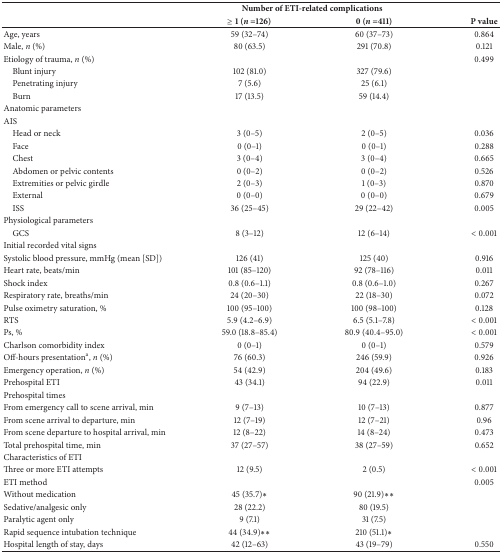
<table><thead><tr><td>[EMPTY_CELL]</td><td colspan="2"><b>Number of ETI-related complications</b></td><td>[EMPTY_CELL]</td></tr><tr><td>[EMPTY_CELL]</td><td><b>≥ 1 (<i>n </i>=126)</b></td><td><b>0 (<i>n </i>=411)</b></td><td><b>P value</b></td></tr></thead><tbody><tr><td>Age, years</td><td>59 (32–74)</td><td>60 (37–73)</td><td>0.864</td></tr><tr><td>Male, <i>n</i> (%)</td><td>80 (63.5)</td><td>291 (70.8)</td><td>0.121</td></tr><tr><td>Etiology of trauma, <i>n</i> (%)</td><td>[EMPTY_CELL]</td><td>[EMPTY_CELL]</td><td>0.499</td></tr><tr><td> Blunt injury</td><td>102 (81.0)</td><td>327 (79.6)</td><td>[EMPTY_CELL]</td></tr><tr><td> Penetrating injury</td><td>7 (5.6)</td><td>25 (6.1)</td><td>[EMPTY_CELL]</td></tr><tr><td> Burn</td><td>17 (13.5)</td><td>59 (14.4)</td><td>[EMPTY_CELL]</td></tr><tr><td>Anatomic parameters</td><td>[EMPTY_CELL]</td><td>[EMPTY_CELL]</td><td>[EMPTY_CELL]</td></tr><tr><td>AIS</td><td>[EMPTY_CELL]</td><td>[EMPTY_CELL]</td><td>[EMPTY_CELL]</td></tr><tr><td> Head or neck</td><td>3 (0–5)</td><td>2 (0–5)</td><td>0.036</td></tr><tr><td> Face</td><td>0 (0–1)</td><td>0 (0–1)</td><td>0.288</td></tr><tr><td> Chest</td><td>3 (0–4)</td><td>3 (0–4)</td><td>0.665</td></tr><tr><td> Abdomen or pelvic contents</td><td>0 (0–2)</td><td>0 (0–2)</td><td>0.526</td></tr><tr><td> Extremities or pelvic girdle</td><td>2 (0–3)</td><td>1 (0–3)</td><td>0.870</td></tr><tr><td> External</td><td>0 (0–0)</td><td>0 (0–0)</td><td>0.679</td></tr><tr><td> ISS</td><td>36 (25–45)</td><td>29 (22–42)</td><td>0.005</td></tr><tr><td>Physiological parameters</td><td>[EMPTY_CELL]</td><td>[EMPTY_CELL]</td><td>[EMPTY_CELL]</td></tr><tr><td> GCS</td><td>8 (3–12)</td><td>12 (6–14)</td><td>&lt; 0.001</td></tr><tr><td>Initial recorded vital signs</td><td>[EMPTY_CELL]</td><td>[EMPTY_CELL]</td><td>[EMPTY_CELL]</td></tr><tr><td>Systolic blood pressure, mmHg (mean [SD])</td><td>126 (41)</td><td>125 (40)</td><td>0.916</td></tr><tr><td>Heart rate, beats/min</td><td>101 (85–120)</td><td>92 (78–116)</td><td>0.011</td></tr><tr><td>Shock index</td><td>0.8 (0.6–1.1)</td><td>0.8 (0.6–1.0)</td><td>0.267</td></tr><tr><td>Respiratory rate, breaths/min</td><td>24 (20–30)</td><td>22 (18–30)</td><td>0.072</td></tr><tr><td>Pulse oximetry saturation, %</td><td>100 (95–100)</td><td>100 (98–100)</td><td>0.128</td></tr><tr><td>RTS</td><td>5.9 (4.2–6.9)</td><td>6.5 (5.1–7.8)</td><td>&lt; 0.001</td></tr><tr><td>Ps, %</td><td>59.0 (18.8–85.4)</td><td>80.9 (40.4–95.0)</td><td>&lt; 0.001</td></tr><tr><td>Charlson comorbidity index</td><td>0 (0–1)</td><td>0 (0–1)</td><td>0.579</td></tr><tr><td>Off-hours presentation<sup>a</sup>, <i>n</i> (%)</td><td>76 (60.3)</td><td>246 (59.9)</td><td>0.926</td></tr><tr><td>Emergency operation,<i> n</i> (%)</td><td>54 (42.9)</td><td>204 (49.6)</td><td>0.183</td></tr><tr><td>Prehospital ETI</td><td>43 (34.1)</td><td>94 (22.9)</td><td>0.011</td></tr><tr><td>Prehospital times</td><td>[EMPTY_CELL]</td><td>[EMPTY_CELL]</td><td>[EMPTY_CELL]</td></tr><tr><td>From emergency call to scene arrival, min</td><td>9 (7–13)</td><td>10 (7–13)</td><td>0.877</td></tr><tr><td>From scene arrival to departure, min</td><td>12 (7–19)</td><td>12 (7–21)</td><td>0.96</td></tr><tr><td>From scene departure to hospital arrival, min</td><td>12 (8–22)</td><td>14 (8–24)</td><td>0.473</td></tr><tr><td>Total prehospital time, min</td><td>37 (27–57)</td><td>38 (27–59)</td><td>0.652</td></tr><tr><td>Characteristics of ETI</td><td>[EMPTY_CELL]</td><td>[EMPTY_CELL]</td><td>[EMPTY_CELL]</td></tr><tr><td>Three or more ETI attempts</td><td>12 (9.5)</td><td>2 (0.5)</td><td>&lt; 0.001</td></tr><tr><td>ETI method</td><td>[EMPTY_CELL]</td><td>[EMPTY_CELL]</td><td>0.005</td></tr><tr><td>Without medication</td><td>45 (35.7)<i>∗</i></td><td>90 (21.9)<i>∗∗</i></td><td>[EMPTY_CELL]</td></tr><tr><td>Sedative/analgesic only</td><td>28 (22.2)</td><td>80 (19.5)</td><td>[EMPTY_CELL]</td></tr><tr><td>Paralytic agent only</td><td>9 (7.1)</td><td>31 (7.5)</td><td>[EMPTY_CELL]</td></tr><tr><td>Rapid sequence intubation technique</td><td>44 (34.9)<i>∗∗</i></td><td>210 (51.1)<i>∗</i></td><td>[EMPTY_CELL]</td></tr><tr><td>Hospital length of stay, days</td><td>42 (12–63)</td><td>43 (19–79)</td><td>0.550</td></tr></tbody></table>